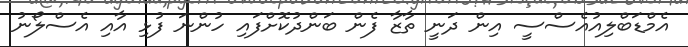
އެމްޑަބްލިއުއެސްސީ އިން ދަނީ ތާޒާ ފެން ބަންދުކޮށްފައި ހުންނަ ފުޅި އާއި އެސްލޯނު